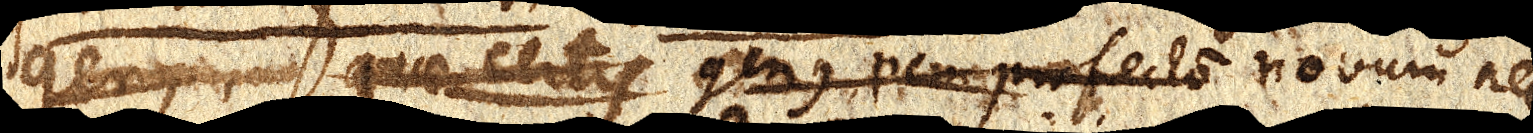
genus quae certis genus pene profecto novum nec